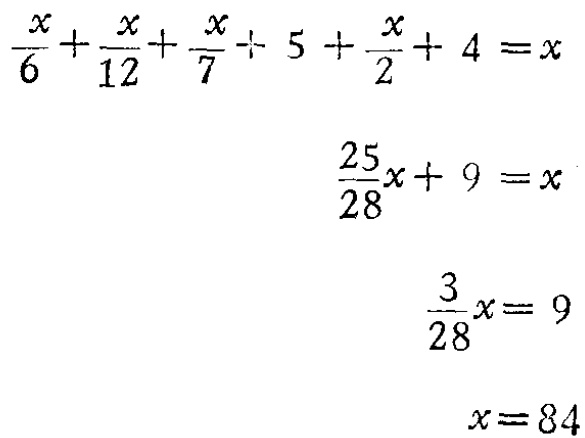
\[\begin{align*}
\frac{x}{6}+\frac{x}{12}+\frac{x}{7}+ 5+\frac{x}{2}+ 4&=x\\
\frac{25}{28}x + 9&=x\\
\frac{3}{28}x&= 9\\
x&=84
\end{align*}\]